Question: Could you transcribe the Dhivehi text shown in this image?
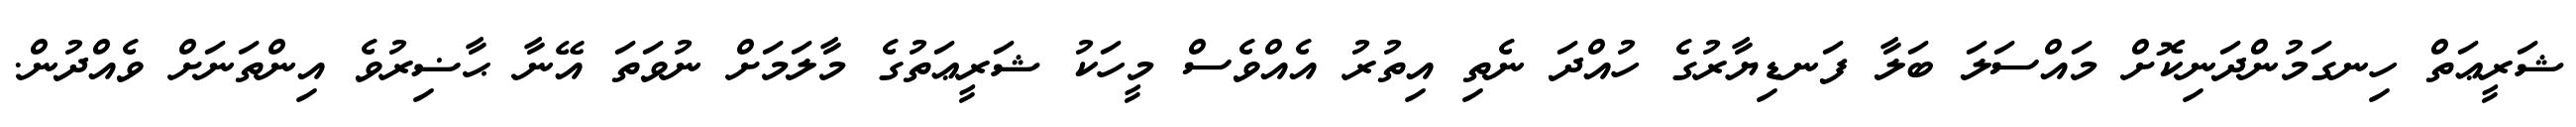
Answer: ޝަރީޢަތް ހިނގަމުންދަނިކޮށް މައްސަލަ ބަލާ ފަނޑިޔާރުގެ ހުއްދަ ނެތި އިތުރު އެއްވެސް މީހަކު ޝަރީޢަތުގެ މާލަމަށް ނުވަތަ އޭނާ ޙާޟިރުވެ އިންތަނަށް ވެއްދުން.